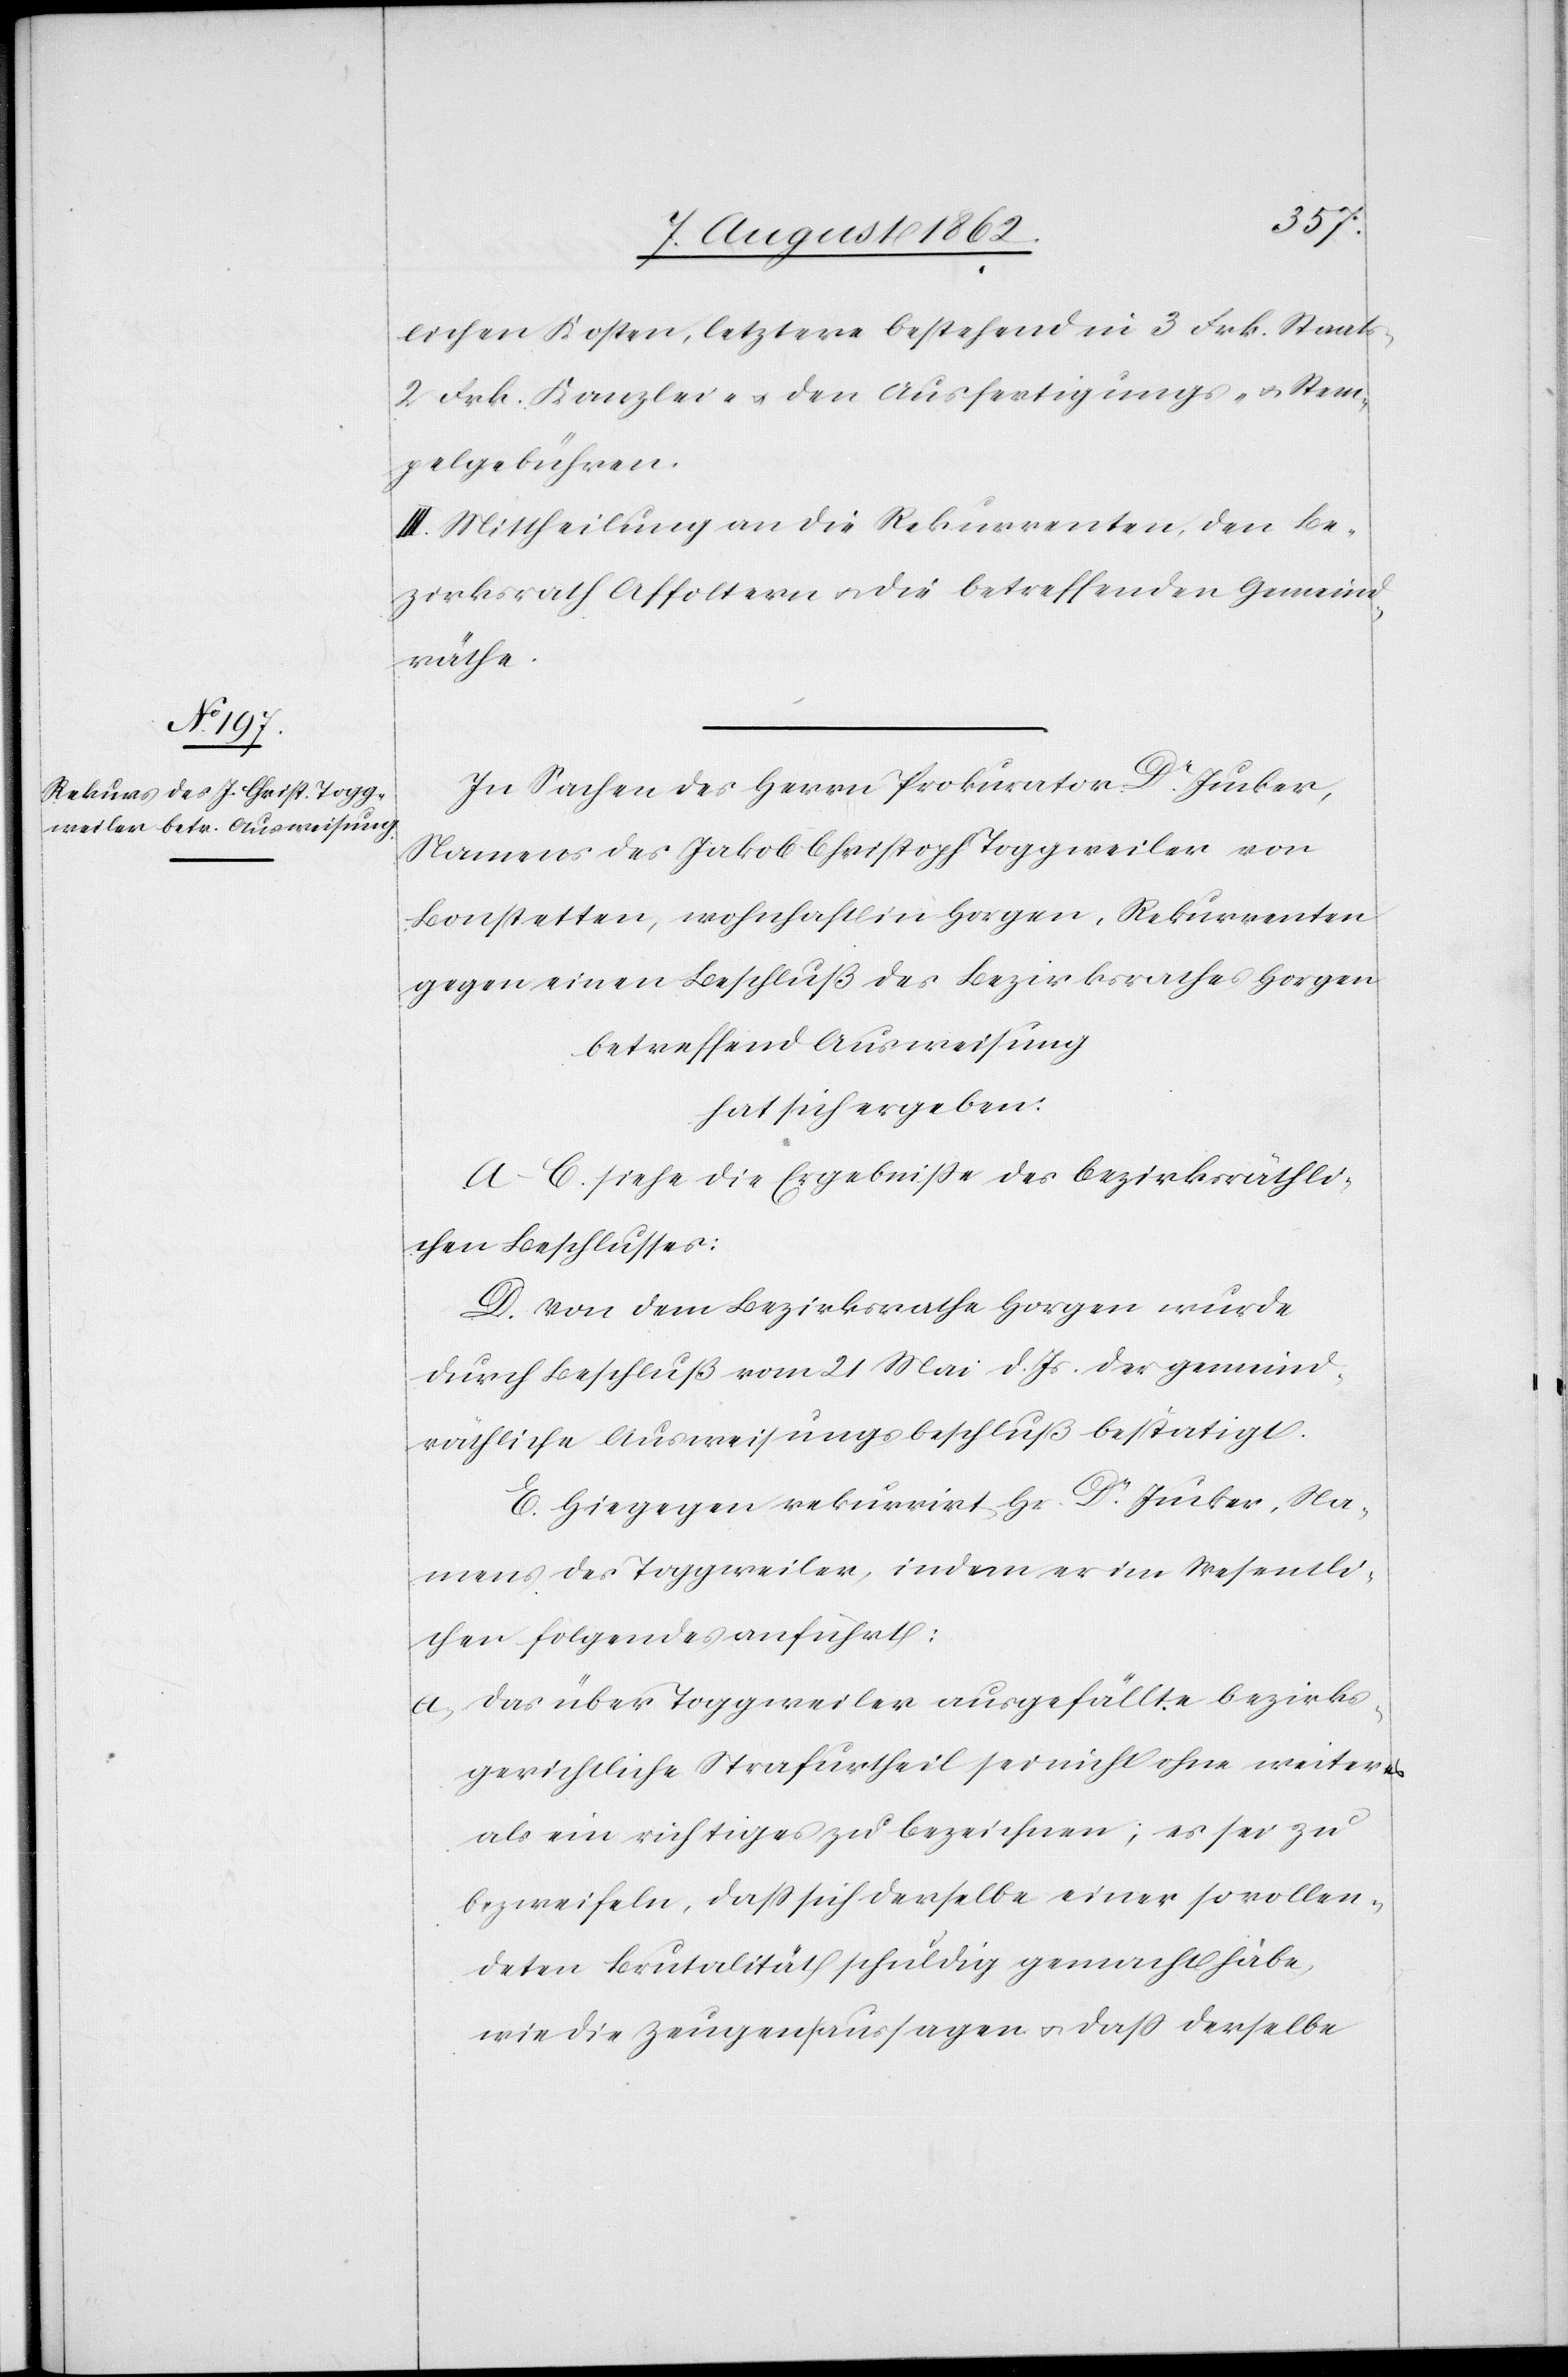
lichen Kosten, letztere bestehend in 3 Frk. Staats-[,]
2 Frk. Kanzlei-. u. den Ausfertigungs- u. Stem¬
pelgebühren.
III. Mittheilung an die Rekurrenten, den Be¬
zirksrath Affoltern u. die betreffenden Gemeind¬
räthe.
In Sachen des Herrn Prokurator Dr. Jucker,
Namens des Jakob Christoph Toggweiler von
Bonstetten, wohnhaft in Horgen, Rekurrenten
gegen einen Beschluß des Bezirksrathes Horgen
betreffend Ausweisung
hat sich ergeben:
A–C. siehe die Ergebnisse des bezirksräthli¬
chen Beschlusses.
D. Von dem Bezirksrathe Horgen wurde
durch Beschluß vom 21. Mai d. Js. der gemeind¬
räthliche Ausweisungsbeschluß bestätigt.
E. Hiegegen rekurrirt Hr. Jucker, Na¬
mens des Toggweiler, indem er im Wesentli¬
chen folgendes anführt:
a) Das über Toggweiler ausgefällte bezirks¬
gerichtliche Strafurtheil sei nicht ohne weiteres
als ein richtiges zu bezeichnen; es sei zu
bezweifeln, daß sich derselbe einer so vollen¬
deten Brutalität schuldig gemacht häbe,
wie die Zeugensaussagen u. daß derselbe